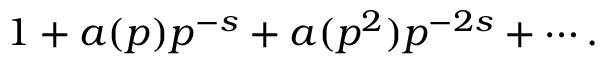
1 + a ( p ) p ^ { - s } + a ( p ^ { 2 } ) p ^ { - 2 s } + \cdots .